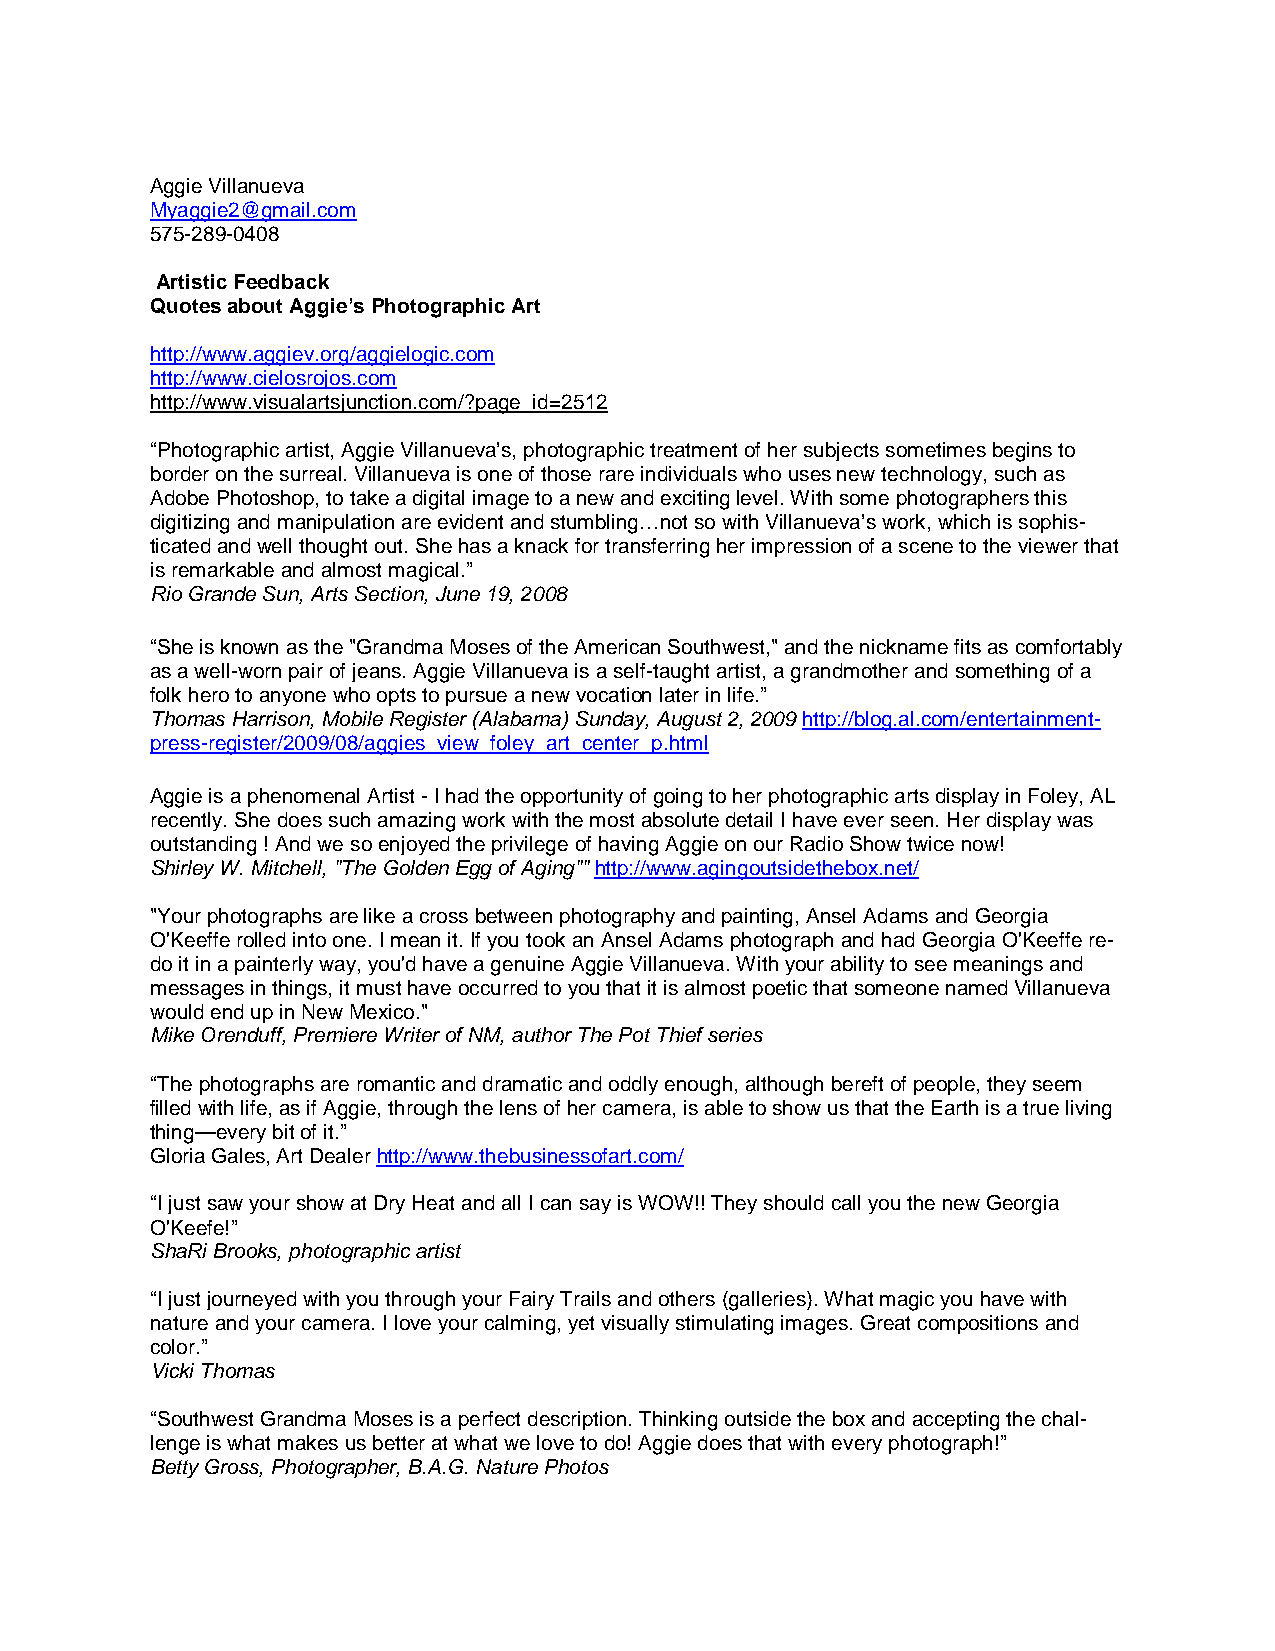
Aggie Villanueva
 Myaggie2@gmail.com
 575-289-0408
 Artistic Feedback
 Quotes about Aggie’s Photographic Art
 http://www.aggiev.org/aggielogic.com
 http://www.cielosrojos.com
 http://www.visualartsjunction.com/?page_id=2512
 “Photographic artist, Aggie Villanueva’s, photographic treatment of her subjects sometimes begins to
 border on the surreal. Villanueva is one of those rare individuals who uses new technology, such as
 Adobe Photoshop, to take a digital image to a new and exciting level. With some photographers this
 digitizing and manipulation are evident and stumbling…not so with Villanueva’s work, which is sophis-
 ticated and well thought out. She has a knack for transferring her impression of a scene to the viewer that
 is remarkable and almost magical.”
 Rio Grande Sun, Arts Section, June 19, 2008
 “She is known as the "Grandma Moses of the American Southwest," and the nickname fits as comfortably
 as a well-worn pair of jeans. Aggie Villanueva is a self-taught artist, a grandmother and something of a
 folk hero to anyone who opts to pursue a new vocation later in life.”
 Thomas Harrison, Mobile Register (Alabama) Sunday, August 2, 2009 http://blog.al.com/entertainment-
 press-register/2009/08/aggies_view_foley_art_center_p.html
 Aggie is a phenomenal Artist - I had the opportunity of going to her photographic arts display in Foley, AL
 recently. She does such amazing work with the most absolute detail I have ever seen. Her display was
 outstanding ! And we so enjoyed the privilege of having Aggie on our Radio Show twice now!
 Shirley W. Mitchell, "The Golden Egg of Aging"" http://www.agingoutsidethebox.net/
 "Your photographs are like a cross between photography and painting, Ansel Adams and Georgia
 O'Keeffe rolled into one. I mean it. If you took an Ansel Adams photograph and had Georgia O'Keeffe re-
 do it in a painterly way, you'd have a genuine Aggie Villanueva. With your ability to see meanings and
 messages in things, it must have occurred to you that it is almost poetic that someone named Villanueva
 would end up in New Mexico."
 Mike Orenduff, Premiere Writer of NM, author The Pot Thief series
 “The photographs are romantic and dramatic and oddly enough, although bereft of people, they seem
 filled with life, as if Aggie, through the lens of her camera, is able to show us that the Earth is a true living
 thing—every bit of it.”
 Gloria Gales, Art Dealer http://www.thebusinessofart.com/
 “I just saw your show at Dry Heat and all I can say is WOW!! They should call you the new Georgia
 O'Keefe!”
 ShaRi Brooks, photographic artist
 “I just journeyed with you through your Fairy Trails and others (galleries). What magic you have with
 nature and your camera. I love your calming, yet visually stimulating images. Great compositions and
 color.”
 Vicki Thomas
 “Southwest Grandma Moses is a perfect description. Thinking outside the box and accepting the chal-
 lenge is what makes us better at what we love to do! Aggie does that with every photograph!”
 Betty Gross, Photographer, B.A.G. Nature Photos